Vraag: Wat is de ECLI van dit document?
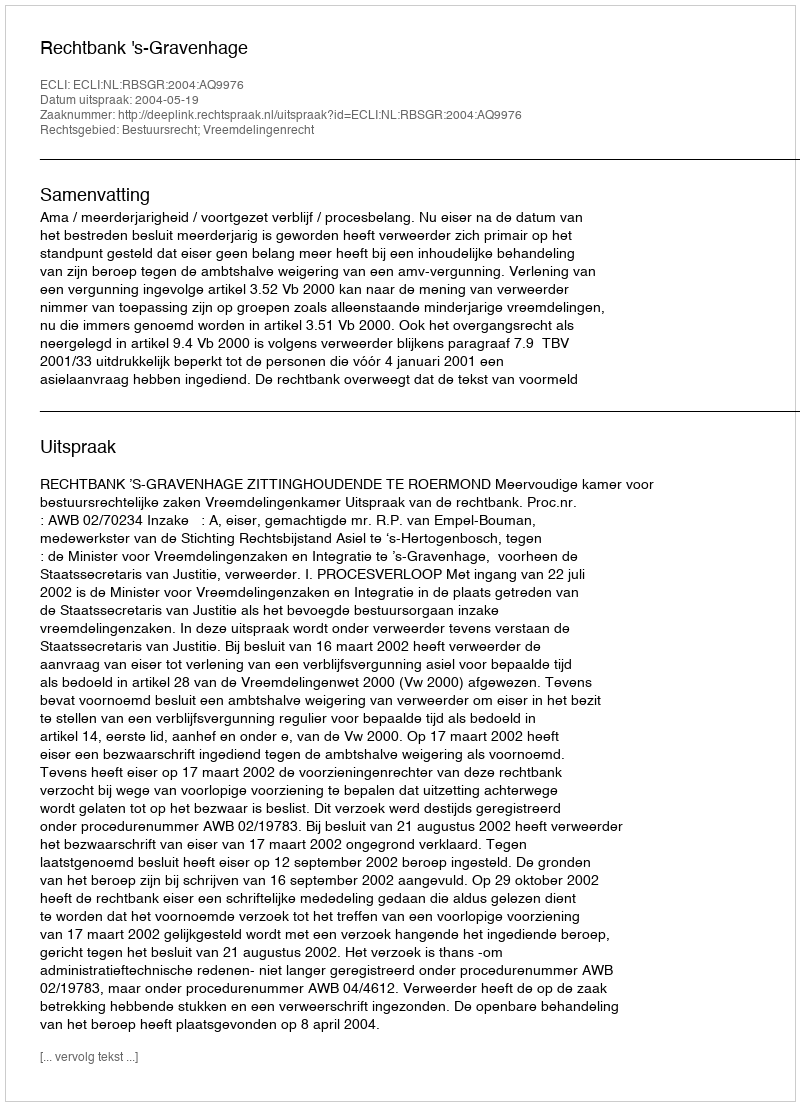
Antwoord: ECLI:NL:RBSGR:2004:AQ9976